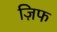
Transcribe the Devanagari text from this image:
ज़िफ